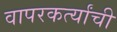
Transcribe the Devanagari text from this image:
वापरकर्त्यांची